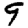
Digit: 9